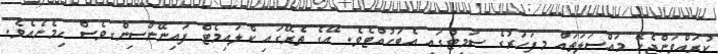
ކުރައްވަންޖެހޭ މައްސަލަތައް މިފަހަރުގެ ސަމިޓުގައި އެބަހުއްޓެވެ. އޭގެ ތެރޭގައި ކްލައިމެޓް ފައިނޭންސިންގވެސް ހިމެނެއެވެ.